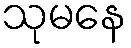
သုမနေ